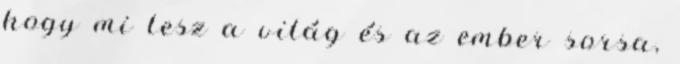
hogy mi lesz a világ és az ember sorsa,